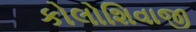
કોલોશિવાજી